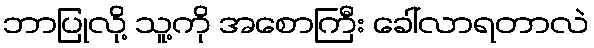
ဘာပြုလို့ သူ့ကို အစောကြီး ခေါ်လာရတာလဲ